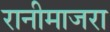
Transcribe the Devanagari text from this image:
रानीमाजरा